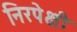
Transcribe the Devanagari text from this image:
निरपेक्षी